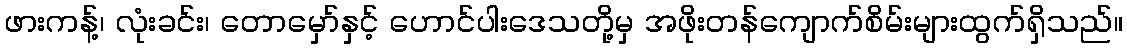
ဖားကန့်၊ လုံးခင်း၊ တောမှော်နှင့် ဟောင်ပါးဒေသတို့မှ အဖိုးတန်ကျောက်စိမ်းများထွက်ရှိသည်။